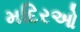
મદિરઓ